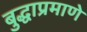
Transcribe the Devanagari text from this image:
बुद्धाप्रमाणे